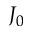
J _ { 0 }